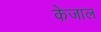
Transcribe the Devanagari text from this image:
केजाल